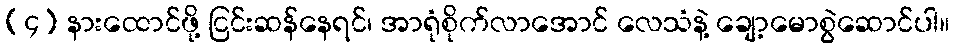
(၄) နားထောင်ဖို့ ငြင်းဆန်နေရင်၊ အာရုံစိုက်လာအောင် လေသံနဲ့ ချော့မောစွဲဆောင်ပါ။